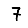
Digit: 7